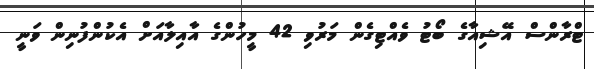
ޓްރާންސް އޭޝިއާގެ ބޯޓު ވެއްޓިގެން މަރުވި 42 މީހުންގެ އާއިލާއަށް އެކުންފުނިން ވަނީ